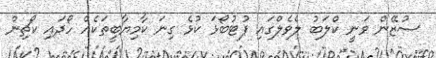
ސުޒޭން ވަނީ ކްލަބު ލެވެލްގައި ފުޓުބޯޅަ ކުޅެ ގިނަ ކާމިޔާބީތަކެއް ހޯދައި ކޯޗިން